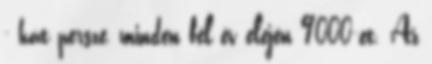
- hát persze, minden fél év elején 9000-et. Az